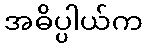
အဓိပ္ပါယ်က